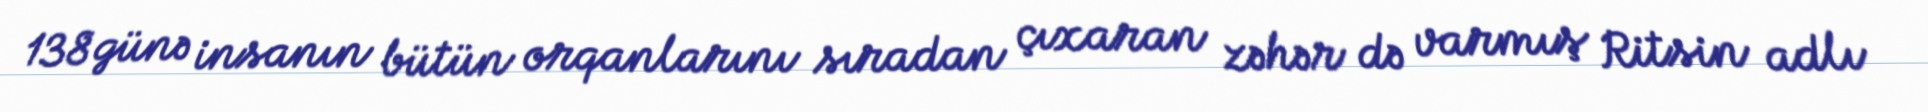
138 günə insanın bütün orqanlarını sıradan çıxaran zəhər də varmış Ritsin adlı